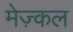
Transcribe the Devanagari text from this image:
मेज़्कल